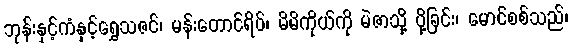
ဘုန်းနှင့်ကံနှင့်ရွှေသဇင်၊ မန်းတောင်ရိပ်၊ မိမိကိုယ်ကို မဲဇာသို့ ပို့ခြင်း၊ မောင်စစ်သည်၊